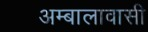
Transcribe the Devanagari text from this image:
अम्बालावासी